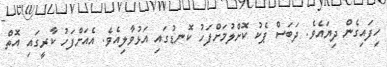
ހިފައިގެން ދިޔައެވެ. ދަބަސް ޕެކު ކޮށްލުމަށްފަހު ކޮނޑުގައި އަޅުވާލިއެވެ. އެއަށްފަހު ކާރީގައި އޮތް